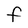
Character: F